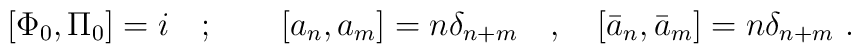
[\Phi _{0},\Pi _{0}]=i\quad ;\qquad [a_{n},a_{m}]=n\delta _{n+m}\quad,\quad [\bar{a}_{n},\bar{a}_{m}]=n\delta _{n+m}\ .